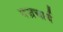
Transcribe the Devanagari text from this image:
बज्रचार्य